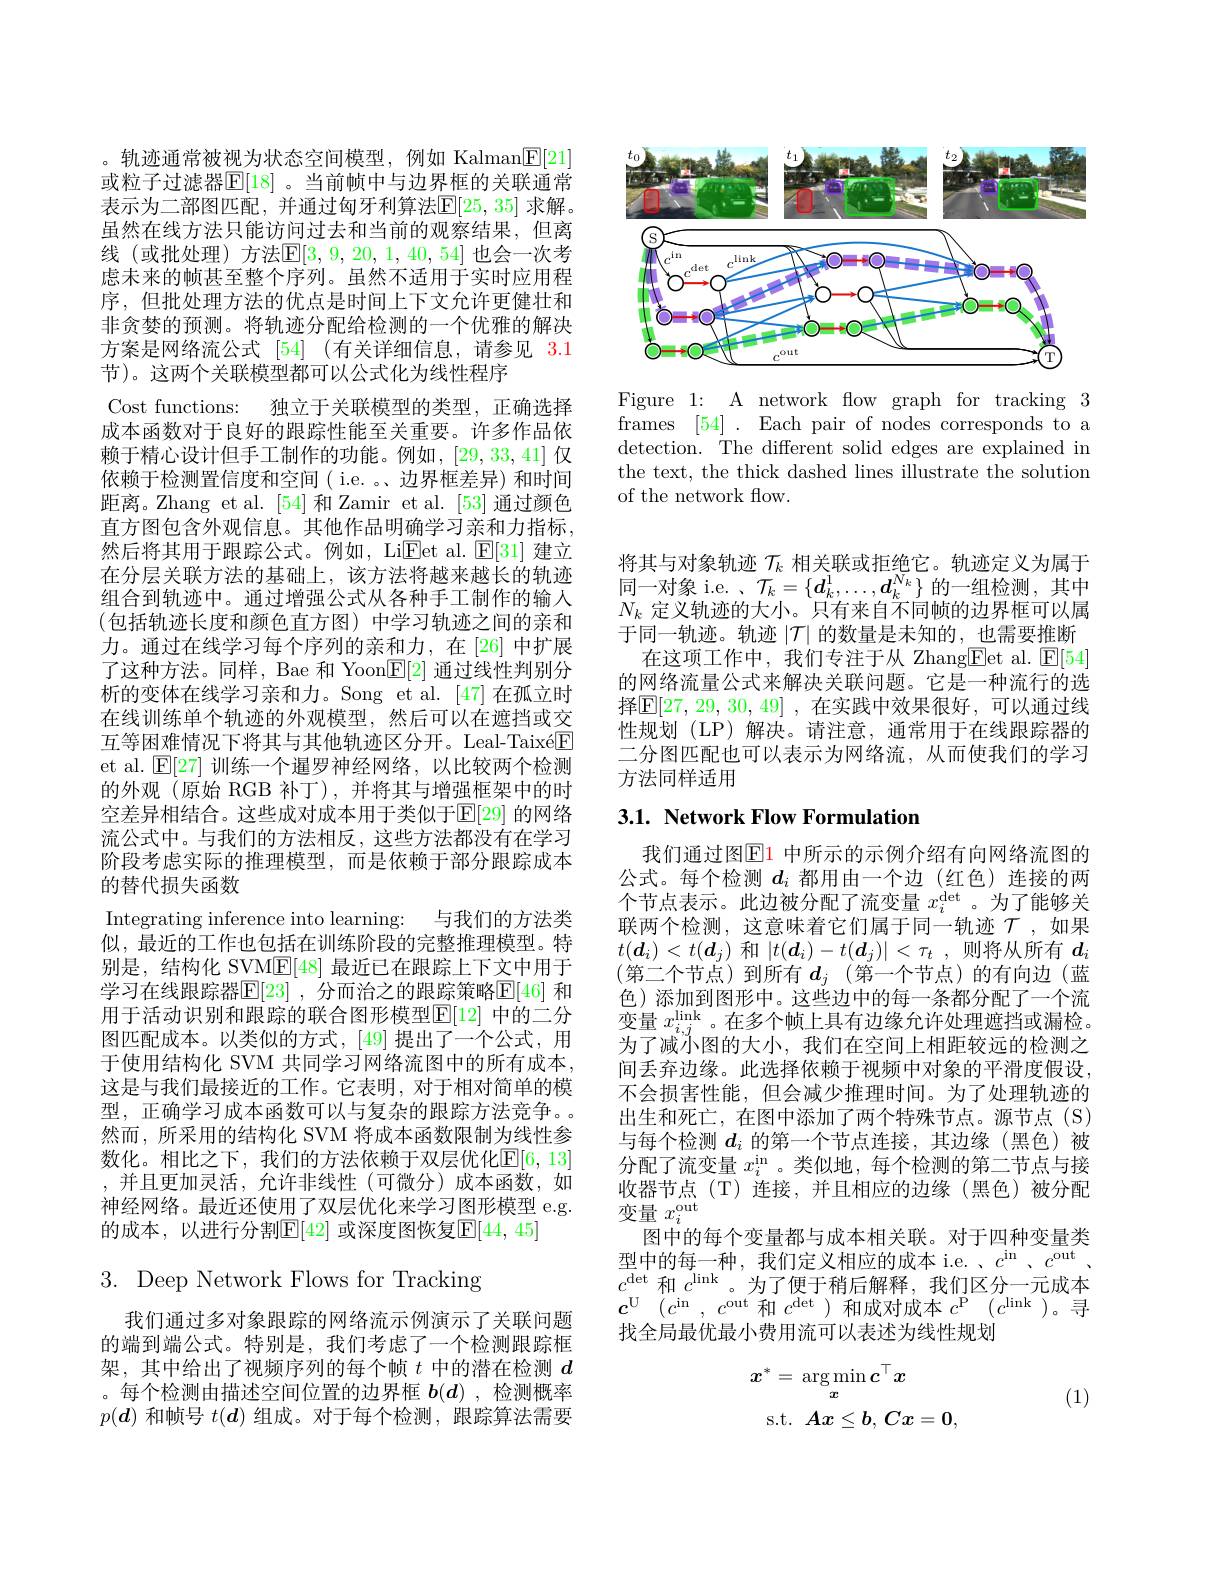
。轨迹通常被视为状态空间模型，例如 Kalman$\boxed{\mathrm{F}}[21]$ 或粒子过滤器$\mathbb{E}[18]$ 。当前帧中与边界框的关联通常表示为二部图匹配，并通过匈牙利算法$\mathbb{E}[25,35]$ 求解。虽然在线方法只能访问过去和当前的观察结果，但离线 (或批处理) 方法$\mathbb{E}[3,9,20,1,40,54]$ 也会一次考虑未来的帧甚至整个序列。虽然不适用于实时应用程序，但批处理方法的优点是时间上下文允许更健壮和非贪婪的预测。将轨迹分配给检测的一个优雅的解决方案是网络流公式 [54] (有关详细信息，请参见 3.1节)。这两个关联模型都可以公式化为线性程序
Cost functions: 独立于关联模型的类型，正确选择成本函数对于良好的跟踪性能至关重要。许多作品依赖于精心设计但手工制作的功能。例如，[29,33,41] 仅依赖于检测置信度和空间( i.e. 。、边界框差异) 和时间距离。Zhang et al.[54]和Zamir et al.[53] 通过颜色直方图包含外观信息。其他作品明确学习亲和力指标， 然后将其用于跟踪公式。例如，LiEet al. $\operatorname{E}[31]$建立在分层关联方法的基础上，该方法将越来越长的轨迹组合到轨迹中。通过增强公式从各种手工制作的输入(包括轨迹长度和颜色直方图)中学习轨迹之间的亲和力。通过在线学习每个序列的亲和力，在[26]中扩展了这种方法。同样，Bae 和 Yoon$\underline{\mathbb{E}}[2]$通过线性判别分析的变体在线学习亲和力。Song et al.[47]在孤立时在线训练单个轨迹的外观模型，然后可以在遮挡或交互等困难情况下将其与其他轨迹区分开。Leal-Taixé$\boxed{\mathrm{F}}$ et al. $\mathbb{E}[27]$训练一个暹罗神经网络，以比较两个检测的外观(原始 RGB 补丁),并将其与增强框架中的时空差异相结合。这些成对成本用于类似于$\mathbb{E}[29]$ 的网络流公式中。与我们的方法相反，这些方法都没有在学习阶段考虑实际的推理模型，而是依赖于部分跟踪成本的替代损失函数
Integrating inference into learning: 与我们的方法类似，最近的工作也包括在训练阶段的完整推理模型。特别是，结构化 SVM$\underline{\mathrm{E}}[48]$最近已在跟踪上下文中用于学习在线跟踪器$\mathbb{E}[23]$ ,分而治之的跟踪策略$\mathbb{E}[46]$ 和用于活动识别和跟踪的联合图形模型$\mathbb{E}[12]$ 中的二分图匹配成本。以类似的方式，[49]提出了一个公式，用于使用结构化 SVM 共同学习网络流图中的所有成本， 这是与我们最接近的工作。它表明，对于相对简单的模型，正确学习成本函数可以与复杂的跟踪方法竞争。然而，所采用的结构化 SVM 将成本函数限制为线性参数化。相比之下，我们的方法依赖于双层优化$\mathbb{E}[6,13]$ ,并且更加灵活，允许非线性(可微分)成本函数，如神经网络。最近还使用了双层优化来学习图形模型 e.g. 的成本，以进行分割$\mathbb{E}[42]$ 或深度图恢复$\mathbb{E}[44,45]$

3. Deep Network Flows for Tracking

我们通过多对象跟踪的网络流示例演示了关联问题的端到端公式。特别是，我们考虑了一个检测跟踪框架，其中给出了视频序列的每个帧$t$中的潜在检测$d$ 。每个检测由描述空间位置的边界框$b(d)$ ,检测概率$p(\boldsymbol{d})$和帧号$t(\boldsymbol{d})$组成。对于每个检测，跟踪算法需要

<FigureHere>

Figure 1: A network flow graph for tracking 3 frames [54]. Each pair of nodes corresponds to a detection. The different solid edges are explained in the text, the thick dashed lines illustrate the solution of the network flow.

将其与对象轨迹$\mathcal{T}_k$相关联或拒绝它。轨迹定义为属于同一对象 i.e. , $\mathcal{T}_k=\{\boldsymbol{d}_k^1,\ldots,\boldsymbol{d}_k^{\overline{N_k}}\}$的一组检测，其中$N_k$定义轨迹的大小。只有来自不同帧的边界框可以属于同一轨迹。轨迹$|\mathcal{T}|$的数量是未知的，也需要推断
在这项工作中，我们专注于从 Zhang$\boxed{\mathrm{Fet~al.~}\mathrm{E}}[54]$ 的网络流量公式来解决关联问题。它是一种流行的选择$\boxed{\mathrm{E} }[ 27, 29, 30, 49]$ ,在实践中效果很好，可以通过线性规划(LP)解决。请注意，通常用于在线跟踪器的二分图匹配也可以表示为网络流，从而使我们的学习方法同样适用

## 3.1. Network Flow Formulation

我们通过图$\mathbb{E}1$ 中所示的示例介绍有向网络流图的公式。每个检测$d_i$都用由一个边(红色)连接的两个节点表示。此边被分配了流变量$x_i^\mathrm{det}$ 。为了能够关联两个检测，这意味着它们属于同一轨迹$\mathcal{T}$,如果$t(\boldsymbol{d}_i)<t(\boldsymbol{d}_j)$和$|t(\boldsymbol{d}_i)-t(\boldsymbol{d}_j)|<\tau_t$,则将从所有$d_i$ (第二个节点)到所有$d_j$(第一个节点)的有向边(蓝色)添加到图形中。这些边中的每一条都分配了一个流变量$x_{i,j}^\mathrm{link}$。在多个帧上具有边缘允许处理遮挡或漏检。为了减小图的大小，我们在空间上相距较远的检测之间丢弃边缘。此选择依赖于视频中对象的平滑度假设， 不会损害性能，但会减少推理时间。为了处理轨迹的出生和死亡，在图中添加了两个特殊节点。源节点(S) 与每个检测$d_i$的第一个节点连接，其边缘(黑色)被分配了流变量$x_i^\mathrm{in}$ 。类似地，每个检测的第二节点与接收器节点(T)连接，并且相应的边缘(黑色)被分配变量$x_i^\mathrm{out}$
图中的每个变量都与成本相关联。对于四种变量类型中的每一种，我们定义相应的成本 i.e. $c^\mathrm{in}$ 、$c^\mathrm{out}$、 $c^{\mathrm{det}}$和$c^\mathrm{link}$。为了便于稍后解释，我们区分一元成本$c^{\mathrm{U} }$ $( c^{\mathrm{in}}$ , $c^{\mathrm{out}}$和$c^\mathrm{det}$)和成对成本$c^\mathrm{P}$ $( c^\mathrm{link}$)。寻找全局最优最小费用流可以表述为线性规划
$$\begin{aligned}\boldsymbol{x}^{*}&=\:\arg\min c^{\top}x\\\mathrm{s.t.}&Ax\leq b,\:Cx=0,\end{aligned}$$
(1)